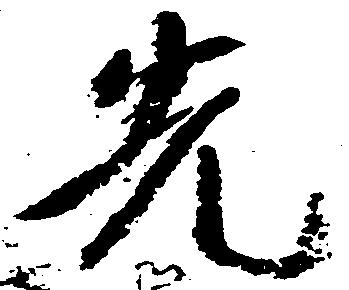
先